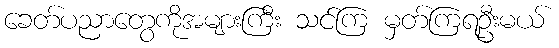
ခေတ်ပညာတွေကိုအများကြီး သင်ကြ မှတ်ကြရဦးမယ်